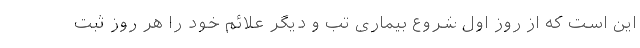
این است که از روز اول شروع بیماری تب و دیگر علائم خود را هر روز ثبت